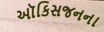
ઑકિસજનના